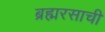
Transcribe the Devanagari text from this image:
ब्रह्मरसाची